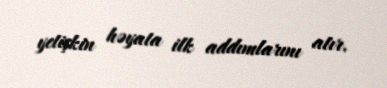
yetişkin həyata ilk addımlarını atır.